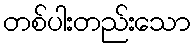
တစ်ပါးတည်းသော